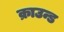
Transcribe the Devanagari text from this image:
क्राउन्ड